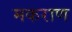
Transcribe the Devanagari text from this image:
मकराण